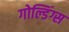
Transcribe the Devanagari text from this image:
गोल्डिंग्स